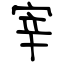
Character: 宰